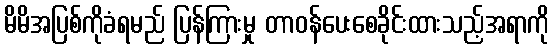
မိမိအပြစ်ကိုခံရမည် ပြန်ကြားမှု တာဝန်ပေးစေခိုင်းထားသည့်အရာကို